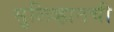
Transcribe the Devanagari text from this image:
सुलिव्हानची